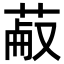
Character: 𦳋